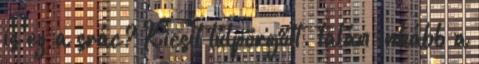
is ez a srác? Kicsit túlpörgött. talán inkább a